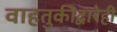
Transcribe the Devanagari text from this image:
वाहतुकीद्वारेही